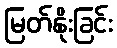
မြတ်နိုးခြင်း